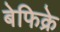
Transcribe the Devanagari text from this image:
बेफिक्रे